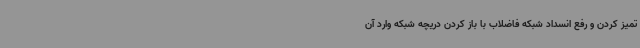
تمیز کردن و رفع انسداد شبکه فاضلاب با باز کردن دریچه شبکه وارد آن